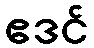
ဧဒင်